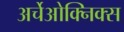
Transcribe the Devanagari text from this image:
अर्चेओक्निक्स